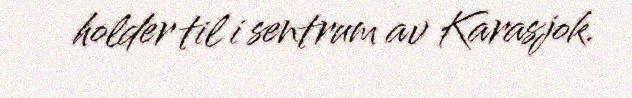
holder til i sentrum av Karasjok.